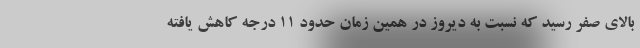
بالای صفر رسید که نسبت به دیروز در همین زمان حدود 11 درجه کاهش یافته